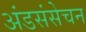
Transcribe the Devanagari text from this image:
अंडसंसेचन